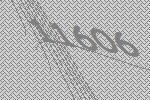
11606